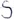
Text: S